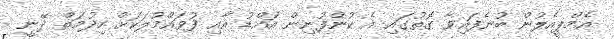
އެމްޕީއެލުން ބުނެފައިވާ ގޮތުގައި އެ ކުންފުނިން އައްޑު އާއި ފުވައްމުލަކަށް ހިދުމަތް ދޭނީ